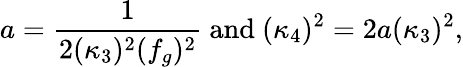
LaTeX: a=\frac{1}{2(\kappa_{3})^{2}(f_{g})^{2}}~\mathrm{and}~(\kappa_{4})^{2}=2a(\kappa_{3})^{2},